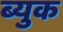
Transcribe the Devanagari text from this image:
ब्युक